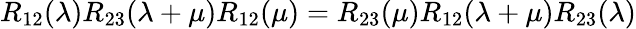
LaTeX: R_{12}(\lambda)R_{23}(\lambda+\mu)R_{12}(\mu)=R_{23}(\mu)R_{12}(\lambda+\mu)R_{23}(\lambda)